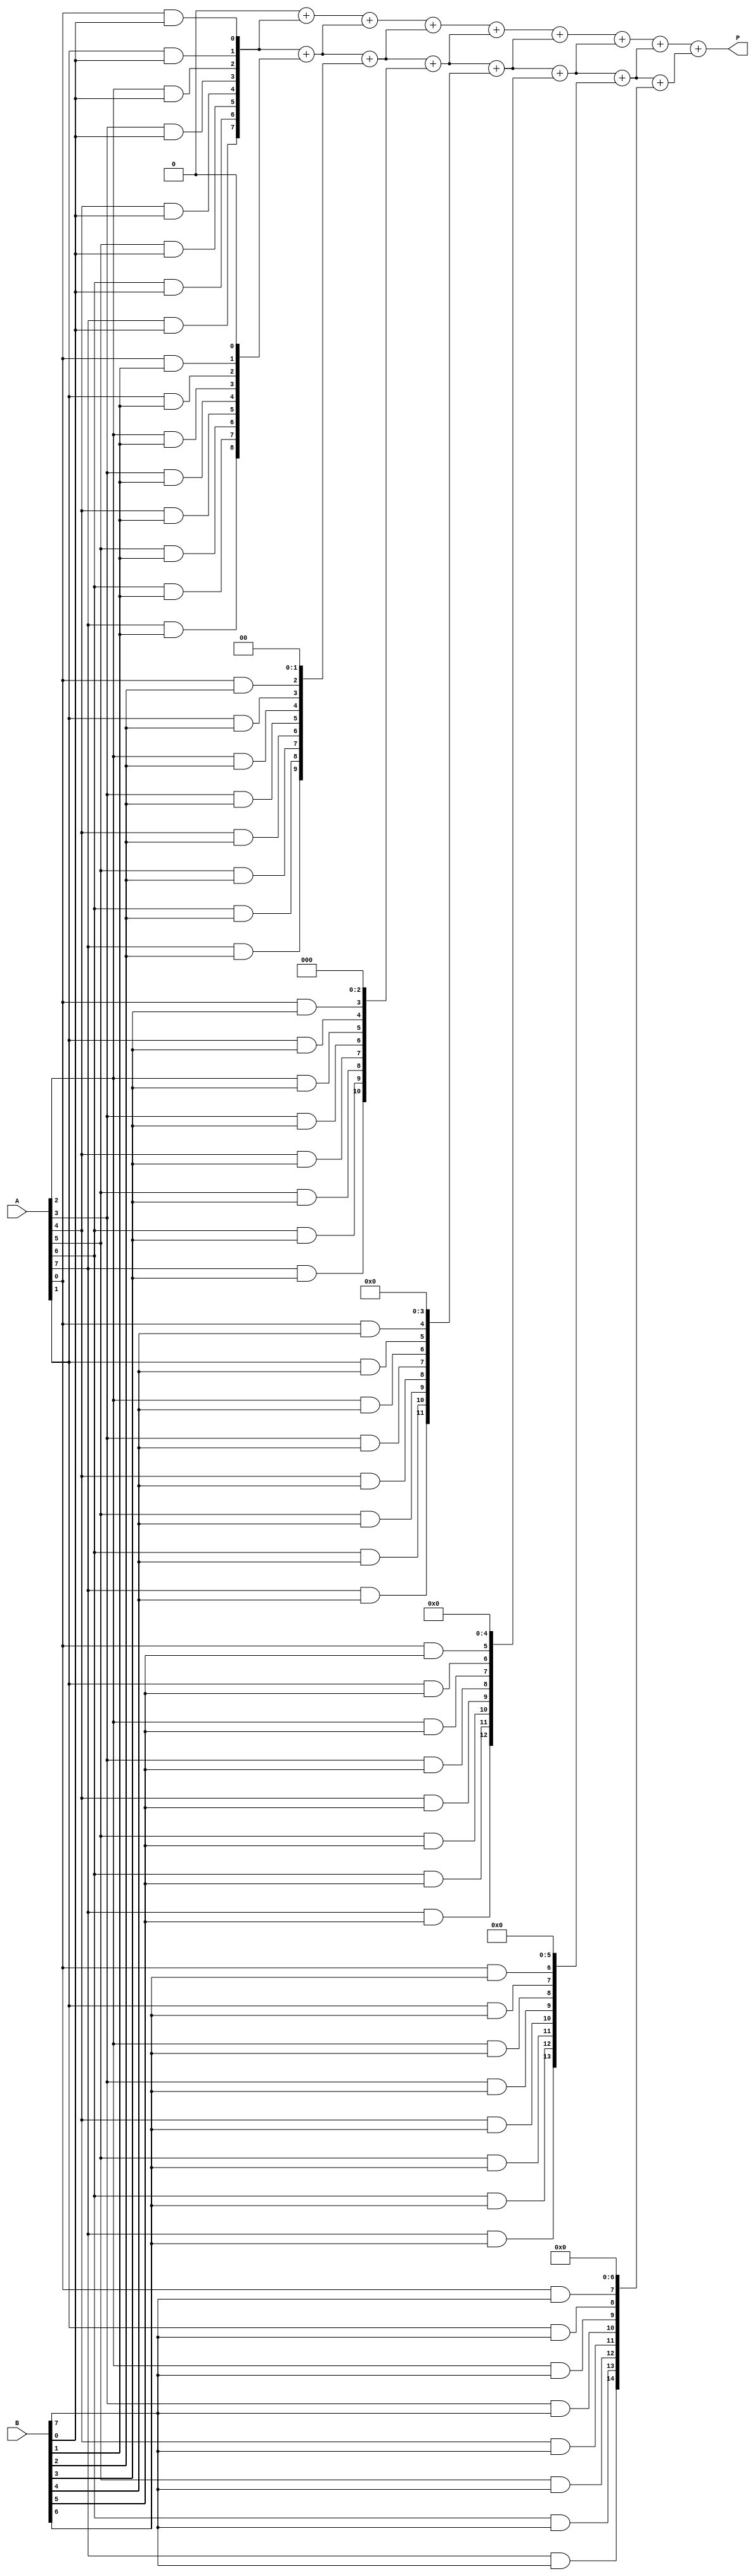
module wallace_tree_multiplier #(parameter N = 8) (
    input [N-1:0] A,      // First operand
    input [N-1:0] B,      // Second operand
    output reg [2*N-1:0] P // Product output
);

// Internal signals for partial products and intermediate sums
wire [N-1:0] pp [0:N-1]; // Partial products
wire [2*N-1:0] sum [0:N-1]; // Sums at each level
wire [N-1:0] carry; // Carry output from adders

// Partial Product Generation
genvar i, j;
generate
    for (i = 0; i < N; i = i + 1) begin : pp_gen
        for (j = 0; j < N; j = j + 1) begin : and_gate
            assign pp[i][j] = A[j] & B[i]; // AND gates to generate partial products
        end
    end
endgenerate

// Wallace Tree Reduction
// We will create a simple 4-2 compressor logic in this example
// A full Wallace tree would require recursive compression stages

integer k;
always @* begin
    // Initialize output product
    P = 0;

    // First stage: Initialize sums from partial products
    for (k = 0; k < N; k = k + 1) begin
        sum[k] = {pp[k], {k{1'b0}}}; // Shifted partial products
    end

    // Reduce using half adders and full adders
    for (k = 0; k < N; k = k + 1) begin // Reduction stages
        if (k < (N-1)) begin
            {carry, sum[k + 1]} = sum[k][2*N-1:0] + sum[k + 1][2*N-1:0]; // Simple addition
        end
    end

    // Final reduction
    for (k = 0; k < N; k = k + 1) begin
        P = P + sum[k]; // Summing all results
    end
end

endmodule